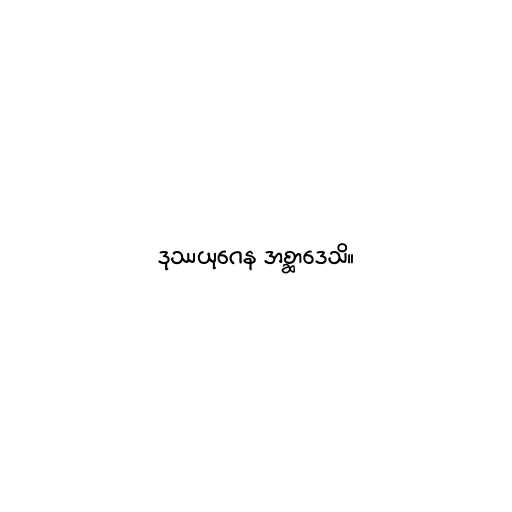
ဒုဿယုဂေန အစ္ဆာဒေသိ။